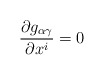
\begin{align*}\frac{\partial g_{\alpha \gamma }}{\partial x^{i}} = 0\end{align*}